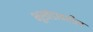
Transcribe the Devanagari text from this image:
भूखंडावरील